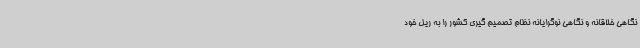
نگاهی خلاقانه و نگاهی نوگرایانه نظام تصمیم گیری کشور را به ریل خود